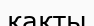
қақты